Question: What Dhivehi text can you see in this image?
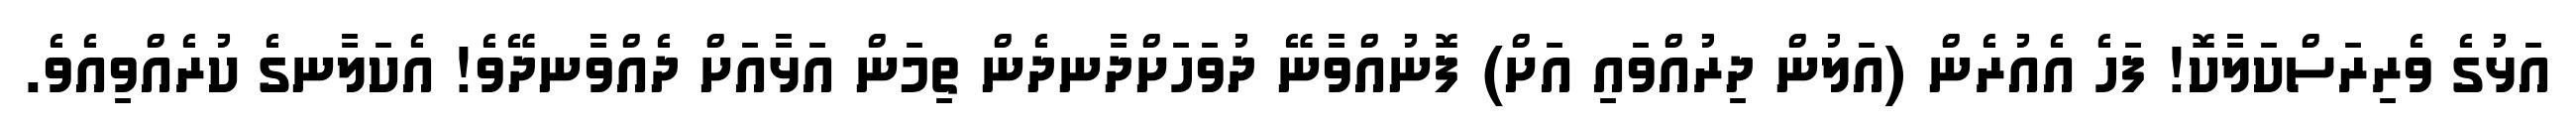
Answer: އަޅުގެ ވެރިރަސްކަލާކޮ! ފަހެ އެއުރެން (އަލުން ދިރުއްވައި އަށް) ފޮނުއްވާނޭ ދުވަހަށްދާނދެން ތިމަން އަޅާއަށް ދެއްވާނދޭވެ! އެކަލާނގެ ކުރެއްވިއެވެ.